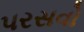
પરસવો